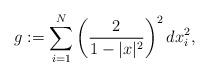
LaTeX: \begin{align*} g:= \sum_{i = 1}^N \left(\frac{2}{1 - |x|^2}\right)^2 dx^2_i,\end{align*}